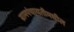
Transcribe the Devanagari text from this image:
ग्रामपंचायतीमधील